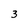
Character: 3